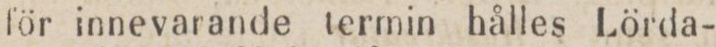
för innevarande termin hålles Lörda-